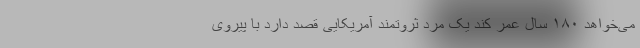
می‌خواهد ۱۸۰ سال عمر کند یک مرد ثروتمند آمریکایی قصد دارد با پیروی